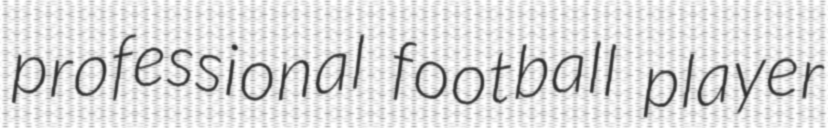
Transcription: professional football player